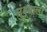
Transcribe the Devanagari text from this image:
मुंब्र्याला